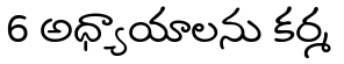
6 అధ్యాయాలను కర్మ